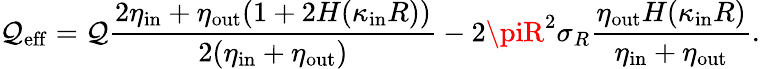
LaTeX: \mathcal{Q}_{\mathrm{{eff}}}=\mathcal{Q}\frac{{2\eta_{\mathrm{{in}}}+\eta_{\mathrm{{out}}}(1+2H(\kappa_{\mathrm{{in}}}R))}}{{2(\eta_{\mathrm{{in}}}+\eta_{\mathrm{{out}}})}}-2\piR^{2}\sigma_{R}\frac{{\eta_{\mathrm{{out}}}H(\kappa_{\mathrm{{in}}}R)}}{{\eta_{\mathrm{{in}}}+\eta_{\mathrm{{out}}}}}.